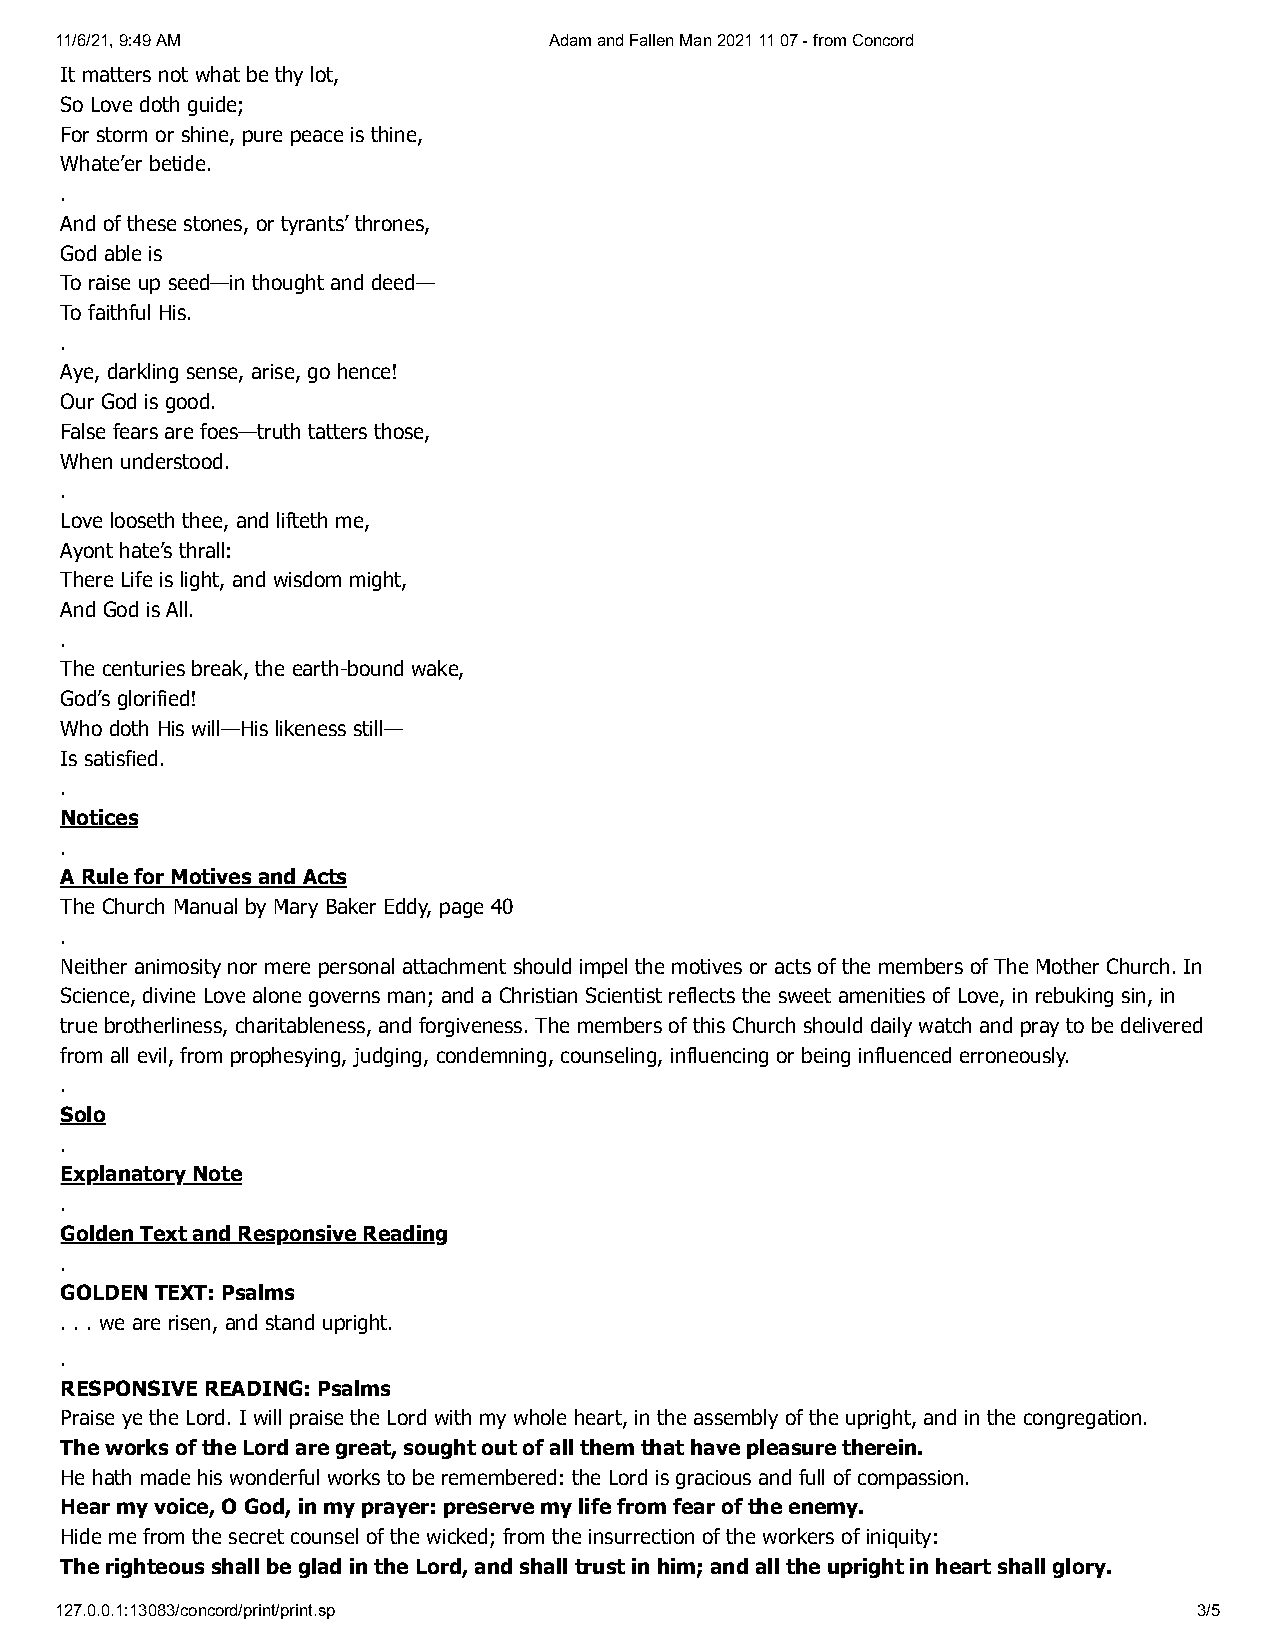
11/6/21, 9:49 AM                Adam and Fallen Man 2021 11 07 - from Concord
 It matters not what be thy lot,
 So Love doth guide;
 For storm or shine, pure peace is thine,
 Whate’er betide.
 .
 And of these stones, or tyrants’ thrones,
 God able is
 To raise up seed—in thought and deed—
 To faithful His.
 .
 Aye, darkling sense, arise, go hence!
 Our God is good.
 False fears are foes—truth tatters those,
 When understood.
 .
 Love looseth thee, and lifteth me,
 Ayont hate’s thrall:
 There Life is light, and wisdom might,
 And God is All.
 .
 The centuries break, the earth-bound wake,
 God’s glorified!
 Who doth His will—His likeness still—
 Is satisfied.
 .
 Notices
 .
 A Rule for Motives and Acts
 The Church Manual by Mary Baker Eddy, page 40
 .
 Neither animosity nor mere personal attachment should impel the motives or acts of the members of The Mother Church. In
 Science, divine Love alone governs man; and a Christian Scientist reflects the sweet amenities of Love, in rebuking sin, in
 true brotherliness, charitableness, and forgiveness. The members of this Church should daily watch and pray to be delivered
 from all evil, from prophesying, judging, condemning, counseling, influencing or being influenced erroneously.
 .
 Solo
 .
 Explanatory Note
 .
 Golden Text and Responsive Reading
 .
 GOLDEN TEXT: Psalms
 . . . we are risen, and stand upright.
 .
 RESPONSIVE READING: Psalms
 Praise ye the Lord. I will praise the Lord with my whole heart, in the assembly of the upright, and in the congregation.
 The works of the Lord are great, sought out of all them that have pleasure therein.
 He hath made his wonderful works to be remembered: the Lord is gracious and full of compassion.
 Hear my voice, O God, in my prayer: preserve my life from fear of the enemy.
 Hide me from the secret counsel of the wicked; from the insurrection of the workers of iniquity:
 The righteous shall be glad in the Lord, and shall trust in him; and all the upright in heart shall glory.
 127.0.0.1:13083/concord/print/print.sp                                     3/5